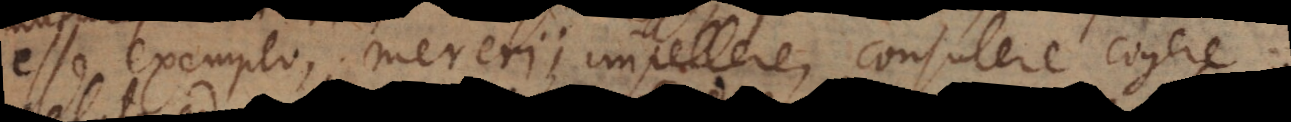
esse exemplo, mereri; impellere, consulere, coger